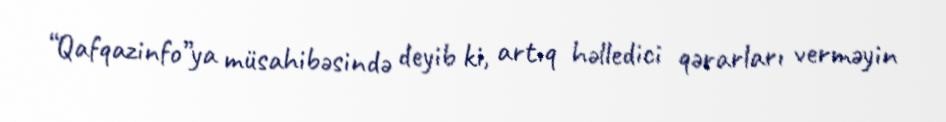
“Qafqazinfo”ya müsahibəsində deyib ki, artıq həlledici qərarları verməyin